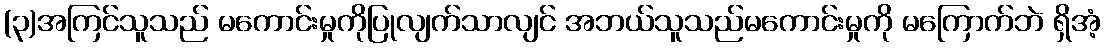
(၃)အကြင်သူသည် မကောင်းမှုကိုပြုလျက်သာလျင် အဘယ်သူသည်မကောင်းမှုကို မကြောက်ဘဲ ရှိအံ့